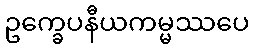
ဥက္ခေပနီယကမ္မဿပေ